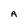
Character: A